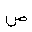
Letter: _sad